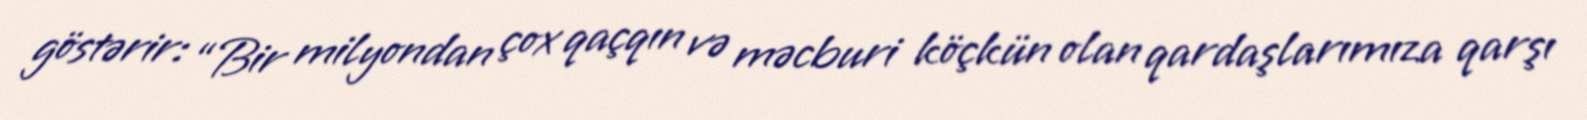
göstərir: “Bir milyondan çox qaçqın və məcburi köçkün olan qardaşlarımıza qarşı